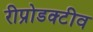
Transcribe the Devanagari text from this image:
रीप्रोडक्टीव